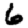
Digit: 6